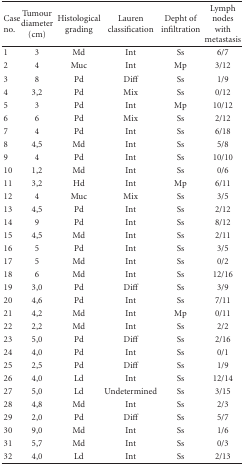
<table><thead><tr><td><b>Case no.</b></td><td><b>Tumour diameter (cm)</b></td><td><b>Histological grading</b></td><td><b>Lauren classification</b></td><td><b>Depht of infiltration</b></td><td><b>Lymph nodes with metastasis</b></td></tr></thead><tbody><tr><td>1</td><td>3</td><td>Md</td><td>Int</td><td>Ss</td><td>6/7</td></tr><tr><td>2</td><td>4</td><td>Muc</td><td>Int</td><td>Mp</td><td>3/12</td></tr><tr><td>3</td><td>8</td><td>Pd</td><td>Diff</td><td>Ss</td><td>1/9</td></tr><tr><td>4</td><td>3,2</td><td>Pd</td><td>Mix</td><td>Ss</td><td>0/12</td></tr><tr><td>5</td><td>3</td><td>Pd</td><td>Int</td><td>Mp</td><td>10/12</td></tr><tr><td>6</td><td>6</td><td>Pd</td><td>Mix</td><td>Ss</td><td>2/12</td></tr><tr><td>7</td><td>4</td><td>Pd</td><td>Int</td><td>Ss</td><td>6/18</td></tr><tr><td>8</td><td>4,5</td><td>Md</td><td>Int</td><td>Ss</td><td>5/8</td></tr><tr><td>9</td><td>4</td><td>Pd</td><td>Int</td><td>Ss</td><td>10/10</td></tr><tr><td>10</td><td>1,2</td><td>Md</td><td>Int</td><td>Ss</td><td>0/6</td></tr><tr><td>11</td><td>3,2</td><td>Hd</td><td>Int</td><td>Mp</td><td>6/11</td></tr><tr><td>12</td><td>4</td><td>Muc</td><td>Mix</td><td>Ss</td><td>3/5</td></tr><tr><td>13</td><td>4,5</td><td>Pd</td><td>Int</td><td>Ss</td><td>2/12</td></tr><tr><td>14</td><td>9</td><td>Pd</td><td>Int</td><td>Ss</td><td>8/12</td></tr><tr><td>15</td><td>4,5</td><td>Md</td><td>Int</td><td>Ss</td><td>2/11</td></tr><tr><td>16</td><td>5</td><td>Pd</td><td>Int</td><td>Ss</td><td>3/5</td></tr><tr><td>17</td><td>5</td><td>Md</td><td>Int</td><td>Ss</td><td>0/2</td></tr><tr><td>18</td><td>6</td><td>Md</td><td>Int</td><td>Ss</td><td>12/16</td></tr><tr><td>19</td><td>3,0</td><td>Pd</td><td>Diff</td><td>Ss</td><td>3/9</td></tr><tr><td>20</td><td>4,6</td><td>Pd</td><td>Int</td><td>Ss</td><td>7/11</td></tr><tr><td>21</td><td>4,2</td><td>Md</td><td>Int</td><td>Mp</td><td>0/11</td></tr><tr><td>22</td><td>2,2</td><td>Md</td><td>Int</td><td>Ss</td><td>2/2</td></tr><tr><td>23</td><td>5,0</td><td>Pd</td><td>Diff</td><td>Ss</td><td>2/16</td></tr><tr><td>24</td><td>4,0</td><td>Pd</td><td>Int</td><td>Ss</td><td>0/1</td></tr><tr><td>25</td><td>2,5</td><td>Pd</td><td>Diff</td><td>Ss</td><td>1/9</td></tr><tr><td>26</td><td>4,0</td><td>Ld</td><td>Int</td><td>Ss</td><td>12/14</td></tr><tr><td>27</td><td>5,0</td><td>Ld</td><td>Undetermined</td><td>Ss</td><td>3/15</td></tr><tr><td>28</td><td>4,8</td><td>Md</td><td>Int</td><td>Ss</td><td>2/3</td></tr><tr><td>29</td><td>2,0</td><td>Pd</td><td>Diff</td><td>Ss</td><td>5/7</td></tr><tr><td>30</td><td>9,0</td><td>Md</td><td>Int</td><td>Ss</td><td>1/6</td></tr><tr><td>31</td><td>5,7</td><td>Md</td><td>Int</td><td>Ss</td><td>0/3</td></tr><tr><td>32</td><td>4,0</td><td>Ld</td><td>Int</td><td>Ss</td><td>2/13</td></tr></tbody></table>